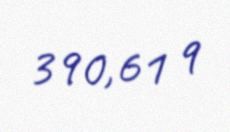
390,61 q